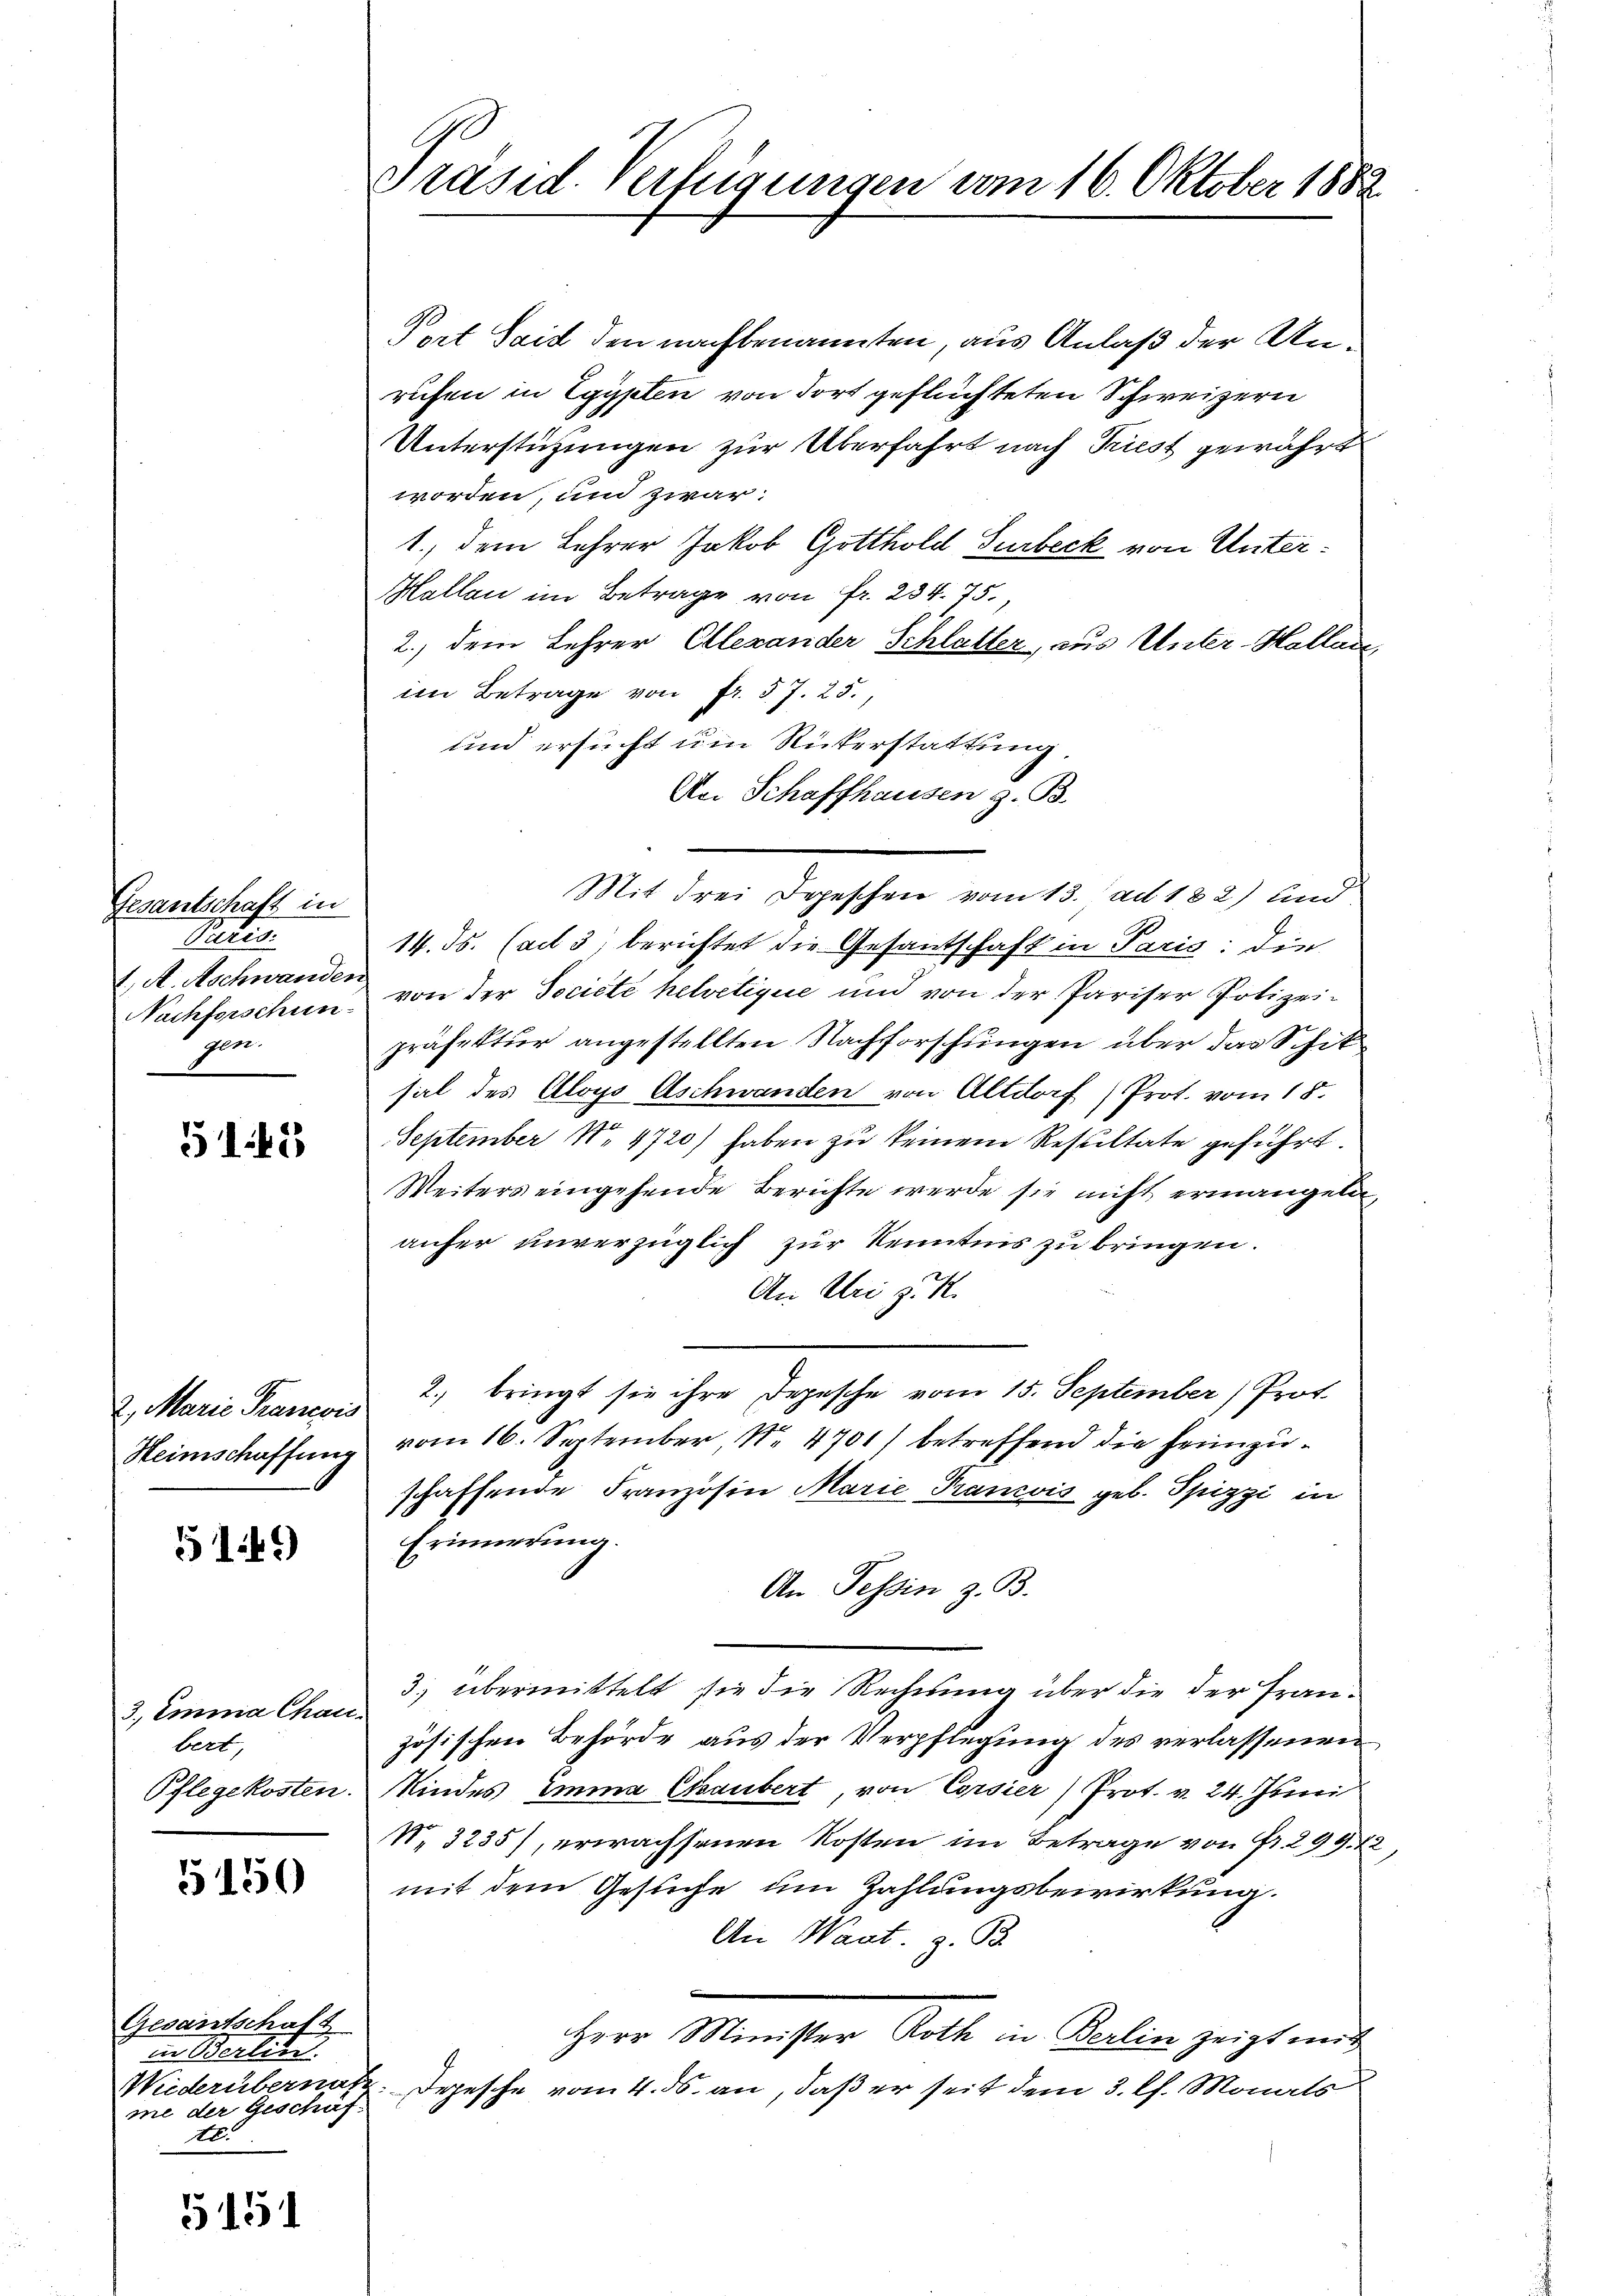
Gesantschaft in
Paris.
7., A. Aschwander
Nachforschun
gen.

5145

5149)

3., Emma Chau
bert,
Pflegekosten.

5150

Pert Seit den nachbenannten, aus Anlaß der Anrufen in Egypten von dort geflüchteten Schweizern
Unterstützungen zur Überfahrt nach Triest gewährt
worden, und zwar:
1., dem Lehrer Jakob Gotthold Surbeck von Unter¬
Mallen im Betrage von Fr. 234. 75.
2.) dem Lehrer Ellexander Schlatter, aus Unter-Hallanim Betrage von fr. 57. 25.
und ersucht um Rükerstattung
An Schaffhausen z. B.
Mit drei Depeschen vom 13. ad 182) und
14. ds. (ad 3. berichtet die Gesantschaft in Paris: die
von der Societe helvetique und von der Pariser Polizei-
präfektur angestellten Nachforschungen über das Schik
sal des Aloys Aschwanden von Altdorf) Prot. vom 18.
September Nr 4720) haben zu keinem Resultate geführt.
Weiters eingehende Berichte werde sie nicht ermangeln,
anfer unverzüglich zur Kenntnis zu bringen.
An Uri z. R.
2. Marie Prancor 2 bringt sie ihre Depesche vom 15. September, Prot.
Heimschaffung vom 16. September, No. 4701) betreffend die heimzuschaffende Franzosen Marie Franzvis geb. Spizzi in
Erinnerung.
An Tessin z. B.
3) übermittelt sie die Rechnung über die der Französischen Behörde aus der Verpflegung des verlassenen
Kindes Emma Chaubert, von Corsier) Prot. v. 24. Juni
V. 3235), erwachsenen Kosten im Betrage von Fr. 299. 2
mit dem Gesuche um Zahlungsbewirkung.
An Waat. z. B.
Herr Minister Roth in Berlin zeigt mit
Widerübernatz. Depesche vom 4. ds. an, daß er seit dem 3. Ch. Monats

Gesantschaft
in Berlin.
me der Geschäfte.

5151

Präsid. Verfügungen vom 16. Oktober 1882